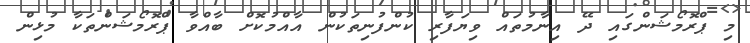
މި ޕްރޮމޯޝަންގައި ދޭ އިނާމުތައް ވިޔަފާރި ކުންފުނިތަކުން އާއްމުކޮށް ބާއްވާ ޕްރޮމޯޝަންތަކާ މުޅިން